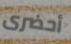
أحضرى